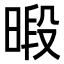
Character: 𪰴